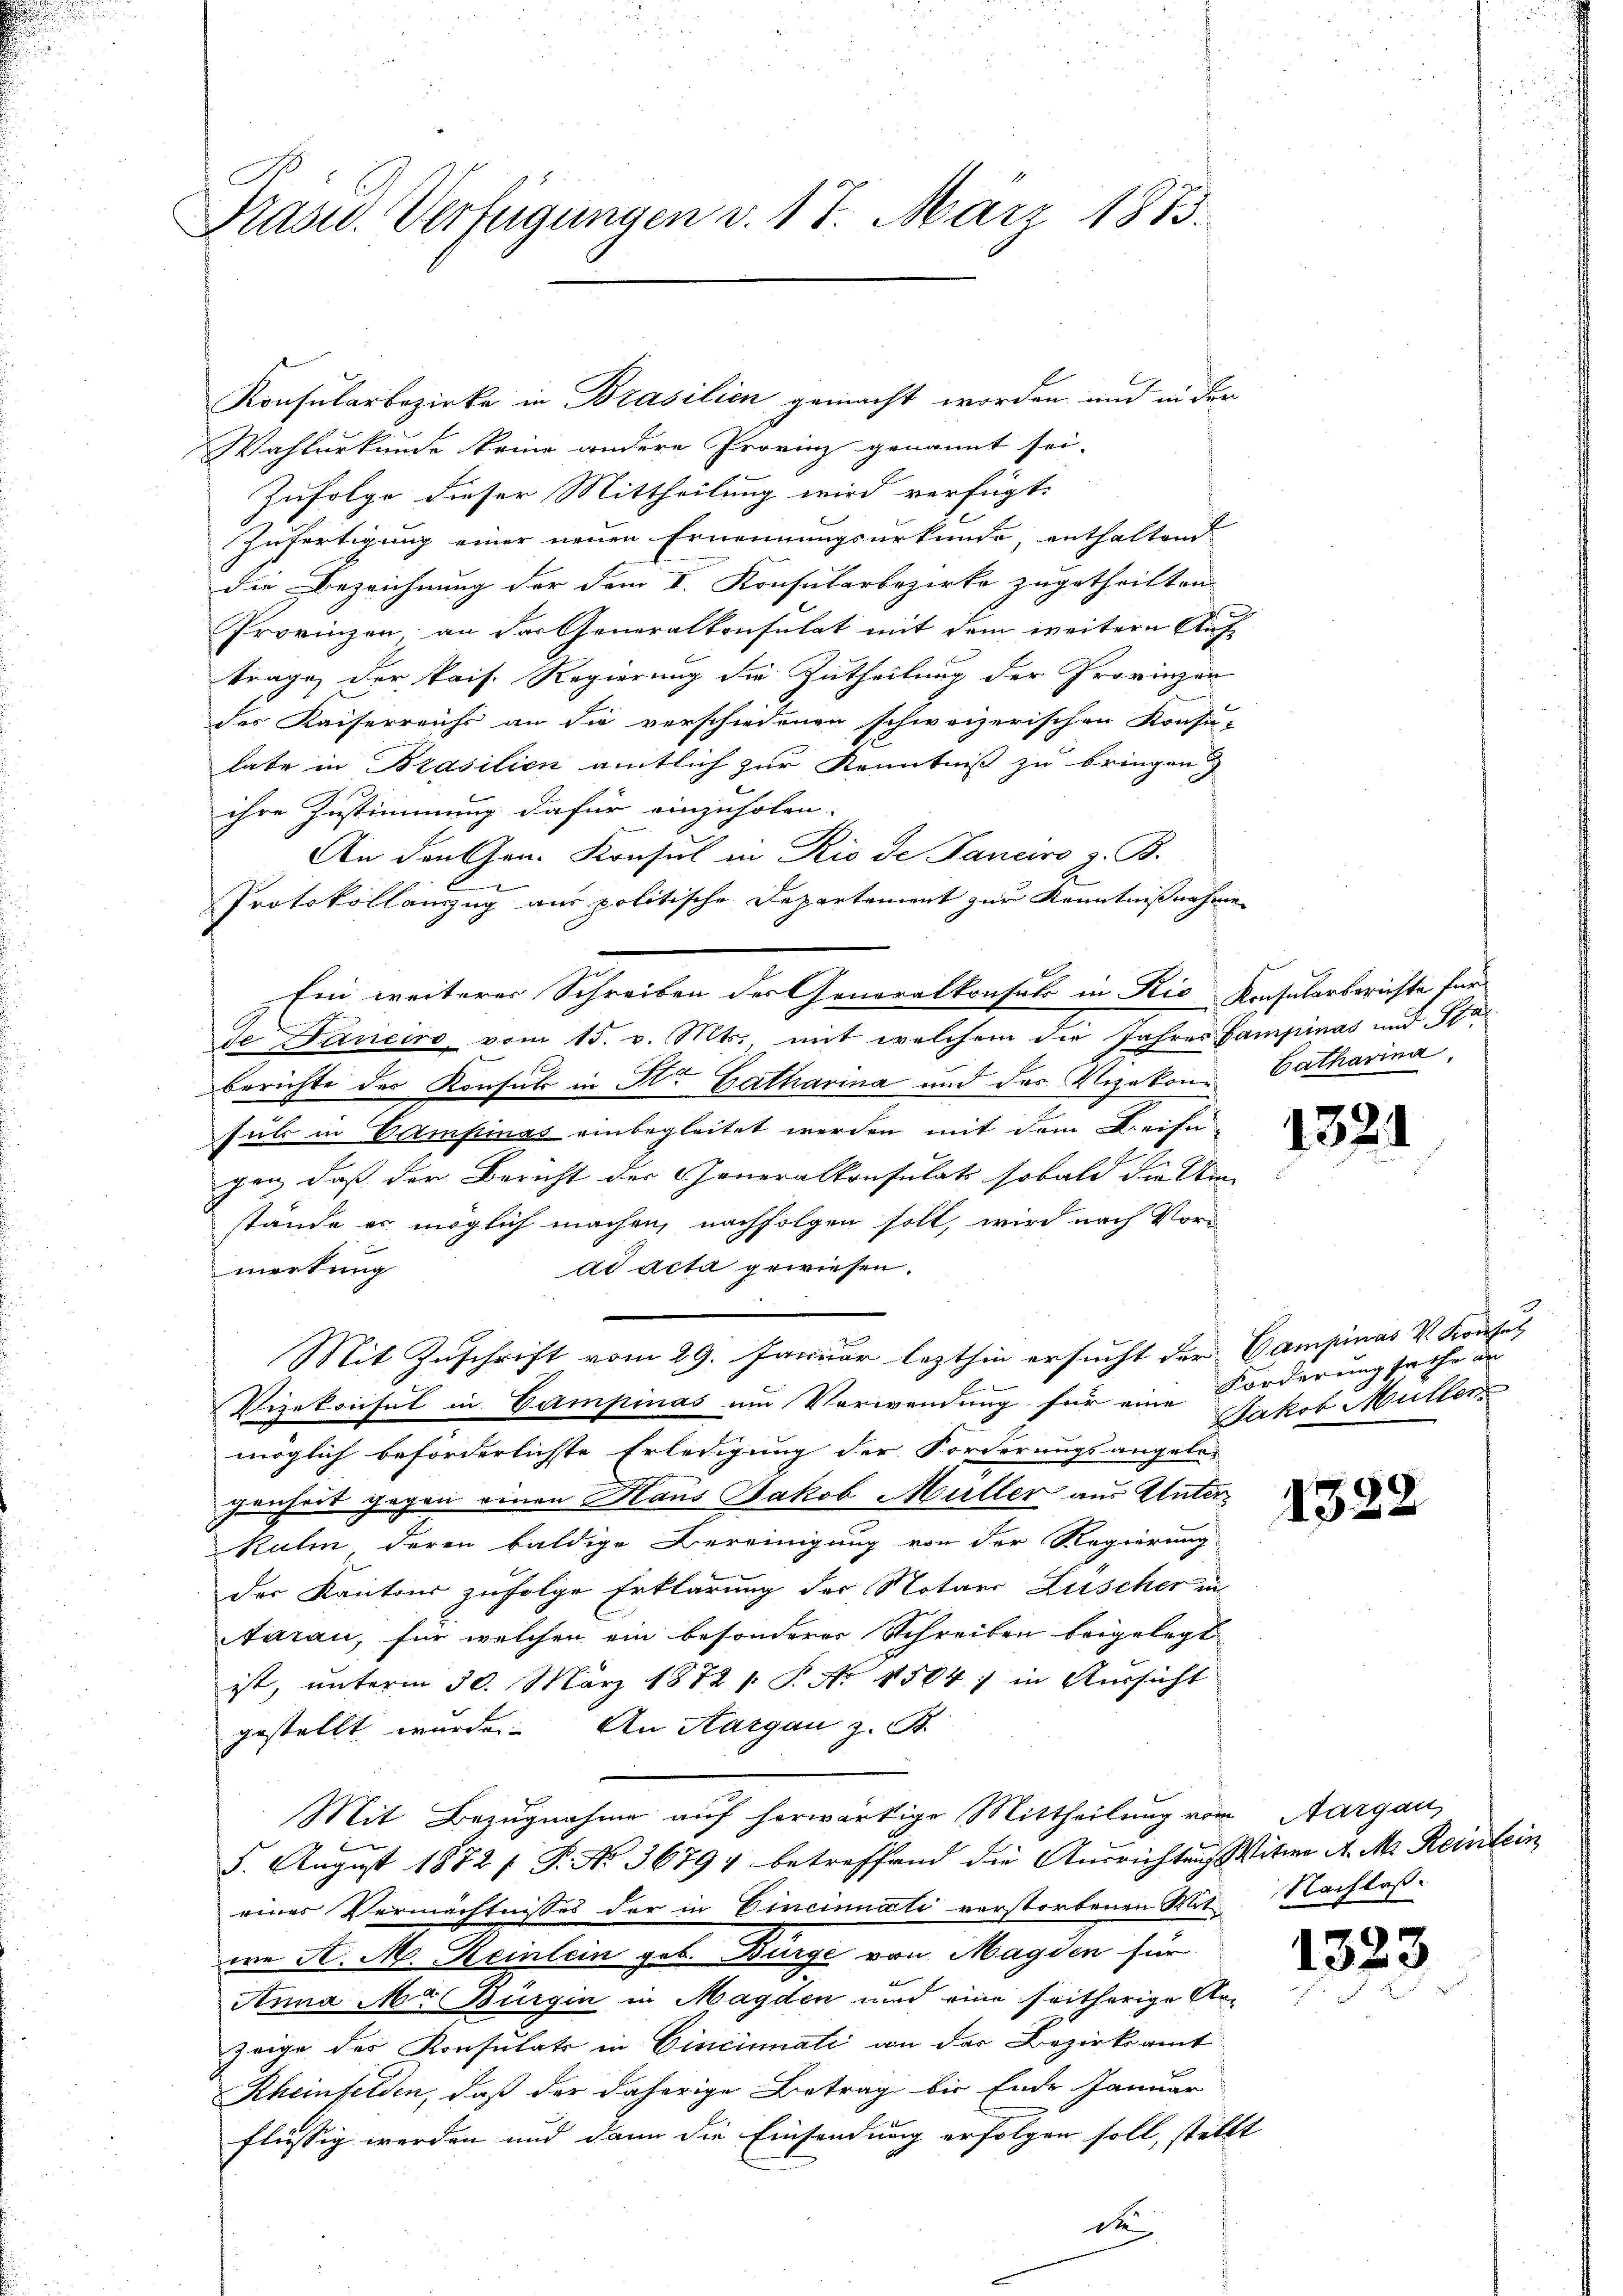
Präsid.. Verfügungen v. 17. März 1875.

Konsularbezirke in Brasilien gemacht worden und in der
Wahlurkunde keine andere Provinz genannt sei.
Zufolge dieser Mittheilung wird verfügt:
Zufertigung einer neuen Ernennungsurkunde, enthaltend
die Bezeichnung der dem I. Konsularbezirke zugetheilten
Provinzen, an der Generalkonsulat mit dem weitere Auf-
trage, der Pais. Regierung die Zutheilung der Provinzen
des Kaiserreichs an die verschiedenen schweizerischen Konsu-
late in Brasilien amtlich zur Kenntniß zu bringen
ihre Zustimmung dafür einzuholen.
An den Gen. Konsul in Rio de Janeiro z. B.
Protokollanzug aus politische Departement zur Kenntnißnahme
de Daneiro vom 15. v. Mts. mit welchem die Jahres Sampinas und Staberichte der Konsul in St. Catharina und des Vizekons Catharina,
sul in Campinas einbegleitet werden mit dem Kreisegen, daß der Bericht der Generalkonsulat sobald die Un
stände es möglich machen, nachfolgen soll, wird nach Vor-
dd acta gewiesen.
merkung
Mit Zuschrift vom 29. Januar lezthin ersucht der Campinas V. Konsul
Vizekonsul in Campinas um Verwendung für eine Forderungsache de
möglich beförderlichte Erledigung der Forderungsangele-
genheit gegen einen Haus Jakob Müller aus Unter¬
Kulm, deren baldige Bereinigung von der Regierung
der Kantons zufolge Erklärung der Notar Lüscher in
Aarau, für welchen ein besonderer Schreiben beigelegt
ist, unterm 30. März 1882 1. P. Nr. 1564) in Aussicht
gestellt wurde. An Aargau z. St.
Mit Bezugnahme auf herwärtige Mittheilung vom Aargau,
5. August 1872 f. P. No 36797 betreffend die Ausrichtung Witwe A. M. Reinlein
einer Vermächtnisses der in Cincinati verstorbenen Mit Nachlaßwe A. A. Keinlein geb. Bürge von Magden für
Anna Mr Bürgin in Magden und eine seitherige Anzeige des Konsulats in Cincinati an der Bezirksamt
Rheinfelden, daß der daherige Betrag bis Ende Januar
flüssig werden und dann die Einsendung erfolgen soll, stellt
de

Ein weiterer Schreiben der Generalkonsuls in Rio konsularberichte für

1321

Jakob Müller

1322

1323